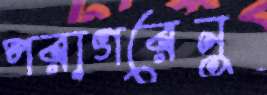
পরাগরেনু